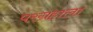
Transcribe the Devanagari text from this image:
परग्रहाला